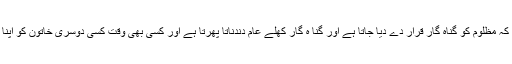
کتنی بری بات ہے کہ مظلوم کو گناہ گار قرار دے دیا جاتا ہے اور گنا ہ گار کھلے عام دندناتا پھرتا ہے اور کسی بھی وقت کسی دوسری خاتون کو اپنا نشانہ بنا سکتا ہے۔